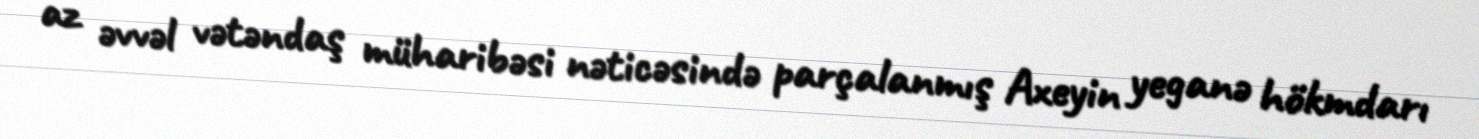
az əvvəl vətəndaş müharibəsi nəticəsində parçalanmış Axeyin yeganə hökmdarı